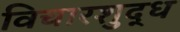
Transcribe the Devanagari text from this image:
विचारशुद्ध